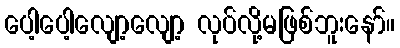
ပေါ့ပေါ့လျော့လျော့ လုပ်လို့မဖြစ်ဘူးနော်။